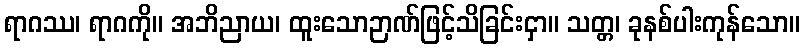
ရာဂဿ၊ ရာဂကို။ အဘိညာယ၊ ထူးသောဉာဏ်ဖြင့်သိခြင်းငှာ။ သတ္တ၊ ခုနစ်ပါးကုန်သော။